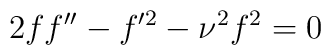
2ff^{\prime \prime}-f^{\prime 2}-\nu^2f^2=0